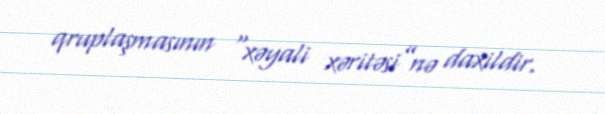
qruplaşmasının “xəyali xəritəsi”nə daxildir.